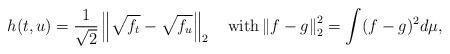
LaTeX: \begin{align*}h(t,u)=\frac{1}{\sqrt{2}}\left\|\sqrt{f_t}-\sqrt{f_u}\right\|_2\quad\mbox{with}\left\|f-g\right\|_2^2=\int(f-g)^2d\mu,\end{align*}